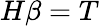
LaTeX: H\beta=T